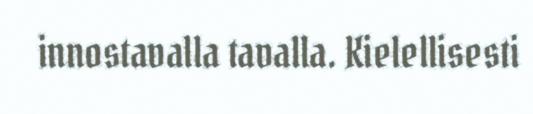
innostavalla tavalla. Kielellisesti